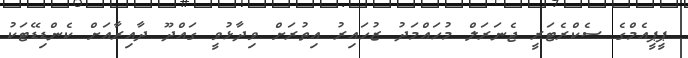
ޕީޕީއެމްގެ ސެކްރެޓަރީ ޖެނަރަލް މުހައްމަދު ޒުހައިރު އިތުރަށް ވިދާޅުވީ ގައްދޫ ދާއިރާއަށް ކެންޑިޑޭޓަކު